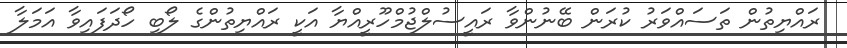
ރައްޔިތުން ތަސައްވަރު ކުރަން ބޭނުންވާ ރައީސުލްޖުމްހޫރީއްޔާ އަކީ ރައްޔިތުންގެ ލޯބި ހޯދަފައިވާ އަމަލާ